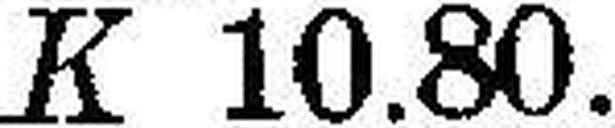
K 10.80.